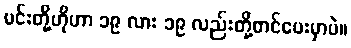
မင်းတို့ဟိုဟာ ၁၉ လား ၁၉ လည်းတို့တင်ပေးမှာပဲ။